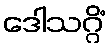
ဒေါသဂ္ဂိံ